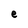
Character: e